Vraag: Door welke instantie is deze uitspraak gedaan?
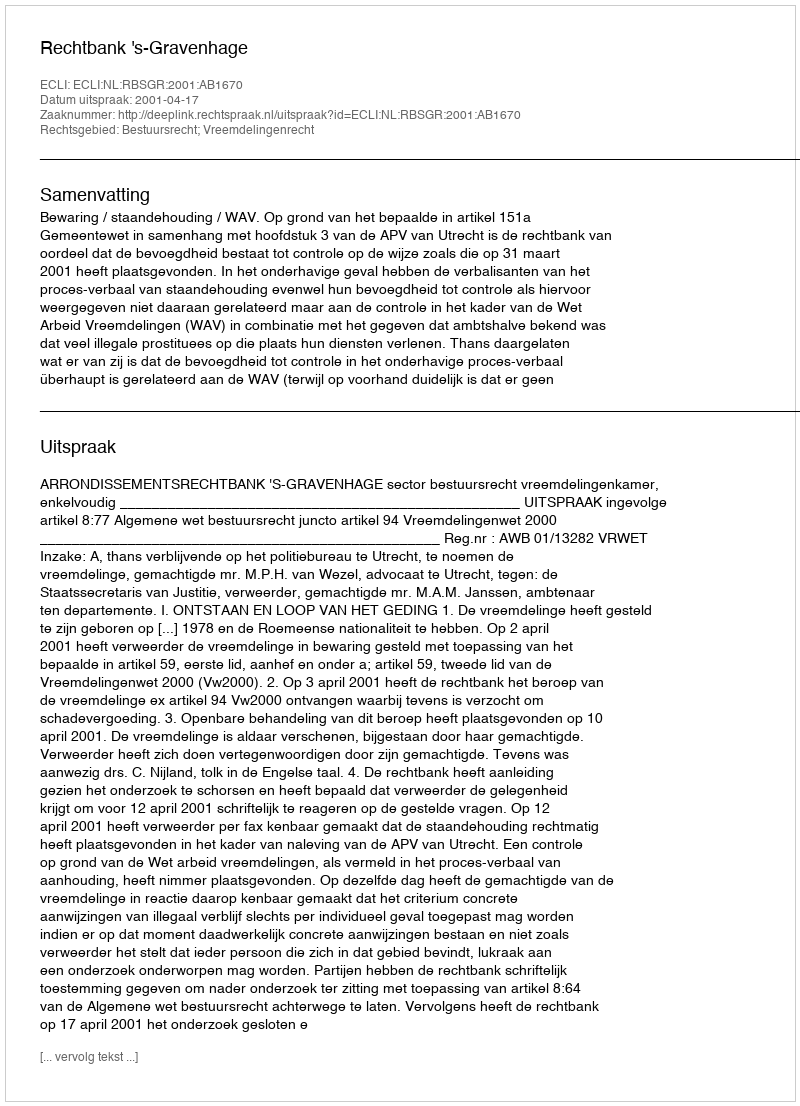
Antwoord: Rechtbank 's-Gravenhage